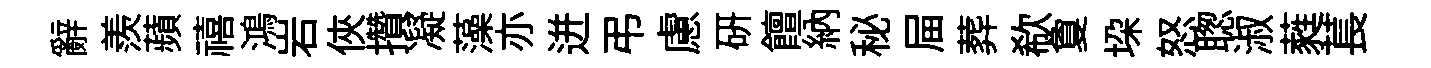
辭羨蘋禧鴻岩俠攢凝藻亦迸弔慮研饘納秘屇葬欷夐垜怒聦淑蕤萇